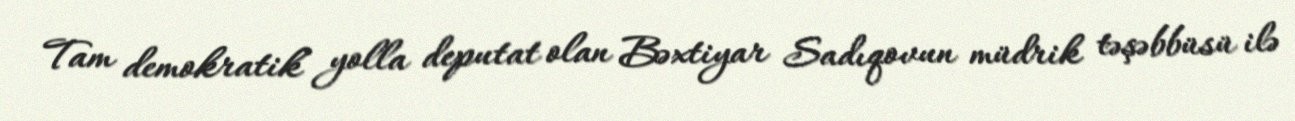
Tam demokratik yolla deputat olan Bəxtiyar Sadıqovun müdrik təşəbbüsü ilə